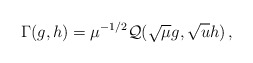
\begin{align*} \Gamma(g,h)=\mu^{-1/2}\mathcal{Q}(\sqrt{\mu}g, \sqrt{u}h)\,,\end{align*}